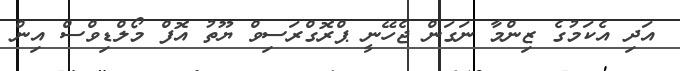
އަދި އެކަމުގެ ޒިންމާ ނަގަން ޖެހޭނީ ޕްރޮގްރަސިވް ޔޫތު އޮފް މޯލްޑިވްސް އިން